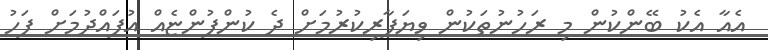
އެއާ އެކު ބޭންކުން މި ރަހުނުތަކުން ވިޔަފާރިކުރުމަށް ދެ ކުންފުންޏެއް އުފައްދުމަށް ފަހު